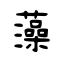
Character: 藻